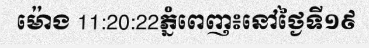
ម៉ោង 11:20:22ភ្នំពេញ៖នៅថ្ងៃទី១៩